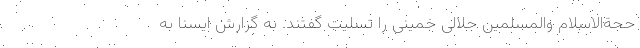
حجةالاسلام والمسلمین جلالی خمینی را تسلیت گفتند. به گزارش ایسنا به